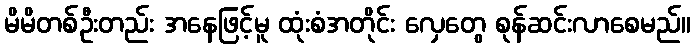
မိမိတစ်ဦးတည်း အနေဖြင့်မူ ထုံးစံအတိုင်း လှေတွေ စုန်ဆင်းလာစေမည်။